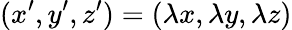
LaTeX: (x^{\prime},y^{\prime},z^{\prime})=(\lambda x,\lambda y,\lambda z)